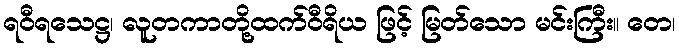
ရဝီရသေဋ္ဌ၊ လူတကာတို့ထက်ဝီရိယ ဖြင့် မြတ်သော မင်းကြီး။ တေ၊